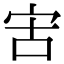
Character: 㝒